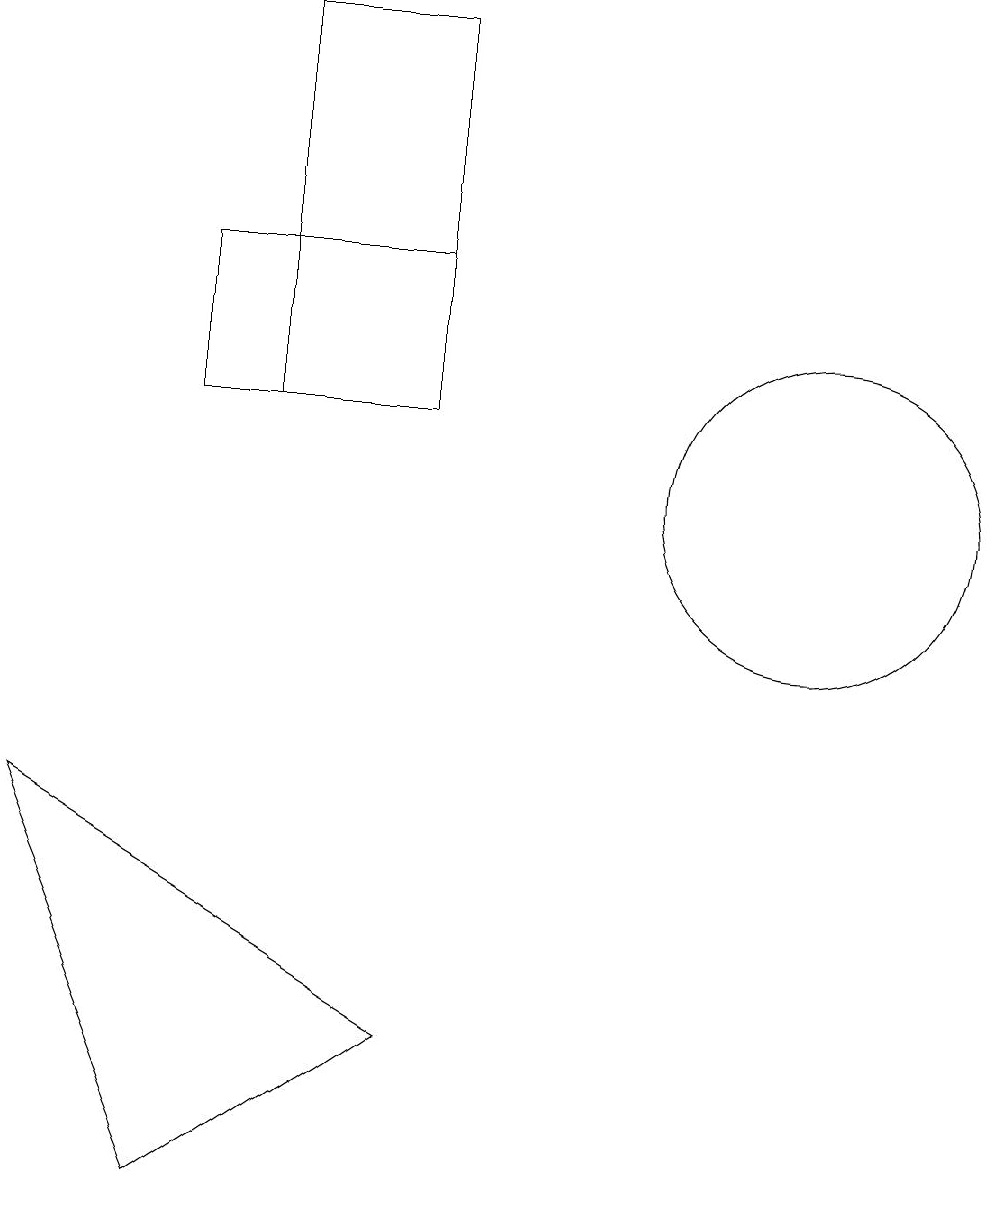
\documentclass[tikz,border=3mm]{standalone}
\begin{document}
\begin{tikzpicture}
\draw (5,13) rectangle (7,18);
\draw (7,5) -- (2,8) -- (4,3) -- cycle;
\draw (7,13) rectangle (4,15);
\draw (12,12) circle (2);
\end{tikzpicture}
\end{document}